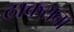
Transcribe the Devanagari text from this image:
ठाकराना